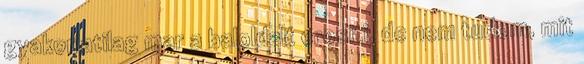
gyakorlatilag mar a baloldalt erositi, de nem tudom, mit